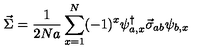
\vec { \Sigma } = \frac { 1 } { 2 N a } \sum _ { x = 1 } ^ { N } ( - 1 ) ^ { x } \psi _ { a , x } ^ { \dagger } \vec { \sigma } _ { a b } \psi _ { b , x }